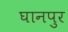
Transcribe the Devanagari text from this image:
घानपुर